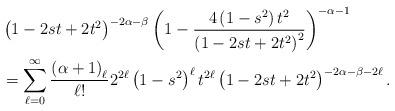
LaTeX: \begin{align*}& \left( 1-2st+2t^{2}\right) ^{-2\alpha-\beta}\left( 1-\frac{4\left(1-s^{2}\right) t^{2}}{\left( 1-2st+2t^{2}\right) ^{2}}\right) ^{-\alpha-1}\\& =\sum_{\ell=0}^{\infty}\frac{\left( \alpha+1\right) _{\ell}}{\ell!}2^{2\ell}\left( 1-s^{2}\right) ^{\ell}t^{2\ell}\left( 1-2st+2t^{2}\right) ^{-2\alpha-\beta-2\ell}.\end{align*}